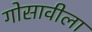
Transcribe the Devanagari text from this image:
गोसावीला